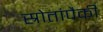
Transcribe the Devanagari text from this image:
स्रोतांपैकी